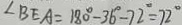
\angle B E A = 1 8 0 ^ { \circ } - 3 6 ^ { \circ } - 7 2 ^ { \circ } = 7 2 ^ { \circ }